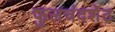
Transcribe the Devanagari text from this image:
फुलचंदशेठ